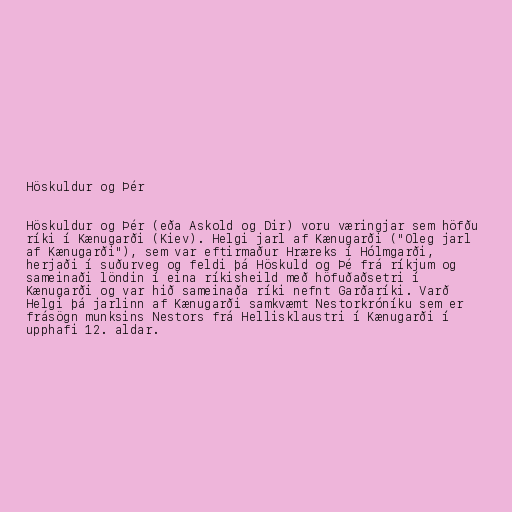
Höskuldur og Þér

Höskuldur og Þér (eða Askold og Dir) voru væringjar sem höfðu
ríki í Kænugarði (Kiev). Helgi jarl af Kænugarði ("Oleg jarl
af Kænugarði"), sem var eftirmaður Hræreks í Hólmgarði,
herjaði í suðurveg og feldi þá Höskuld og Þé frá ríkjum og
sameinaði löndin í eina ríkisheild með höfuðaðsetri í
Kænugarði og var hið sameinaða ríki nefnt Garðaríki. Varð
Helgi þá jarlinn af Kænugarði samkvæmt Nestorkróníku sem er
frásögn munksins Nestors frá Hellisklaustri í Kænugarði í
upphafi 12. aldar.